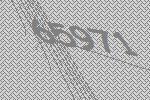
65971